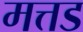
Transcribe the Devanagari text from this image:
मत्तड